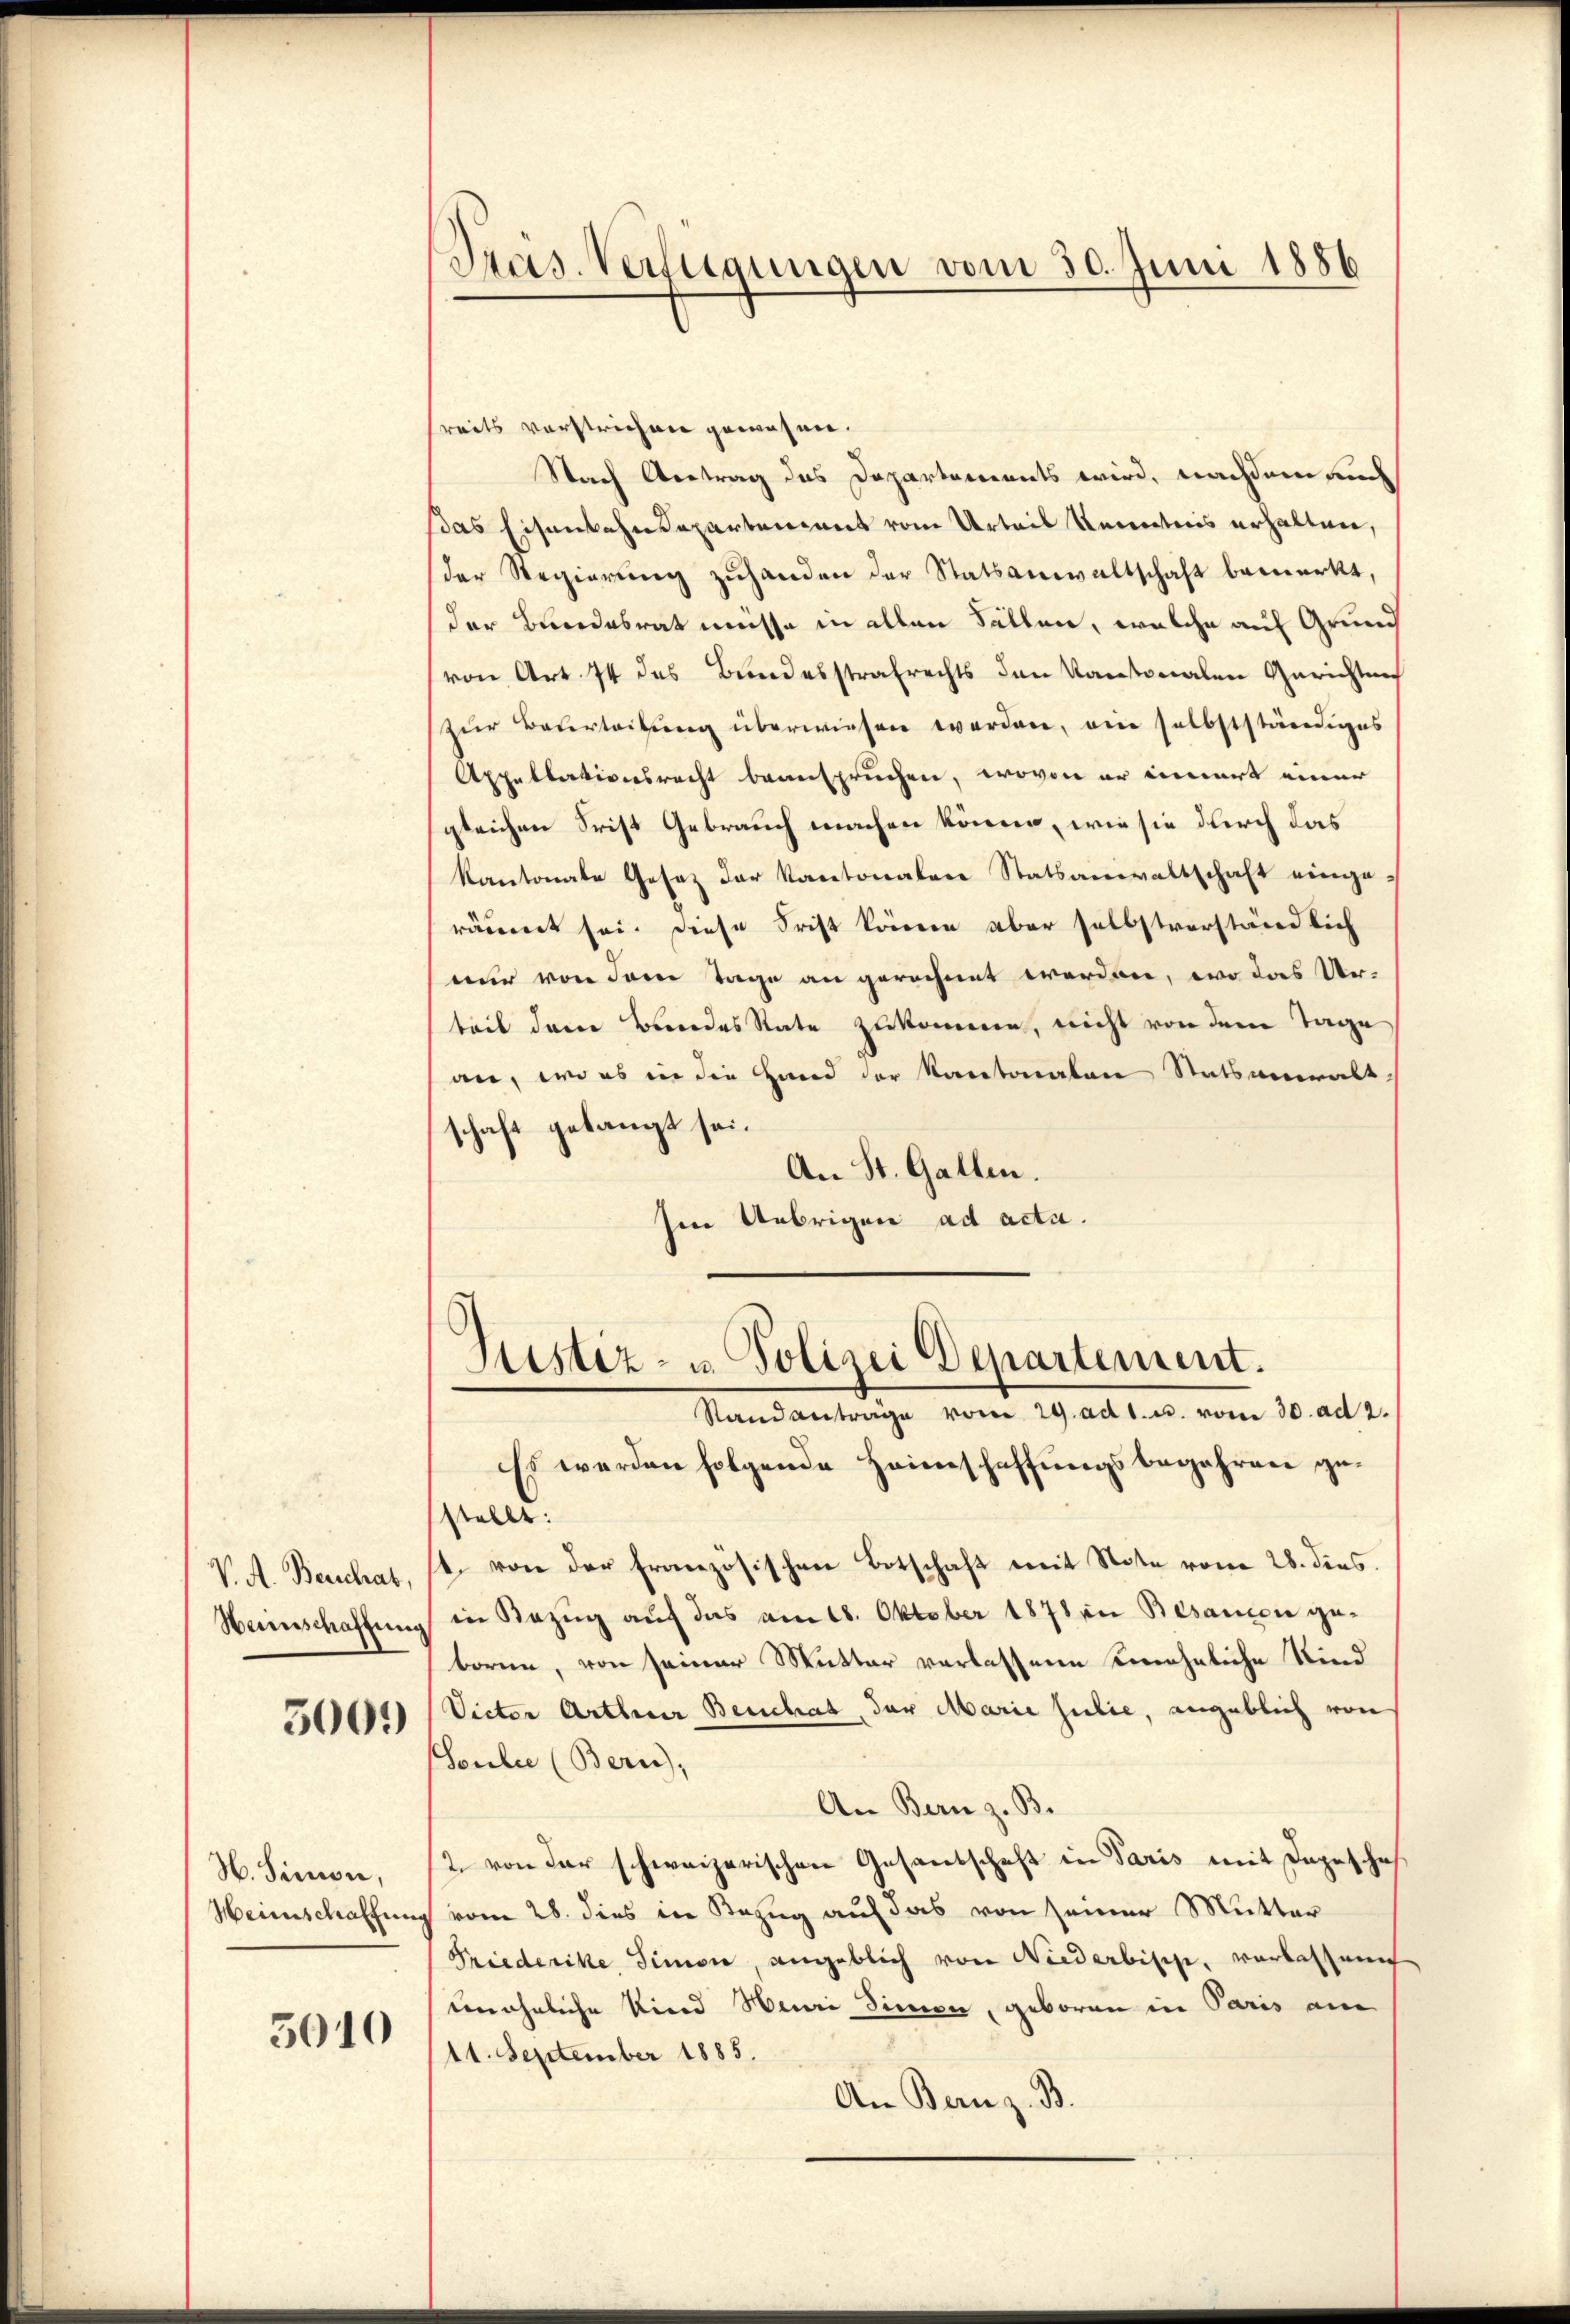
V. A. Beschat,

5009

N. Simon,
Heinschaffung

3010

Preis. Verfügungen vom 30. Juni 1886

reits verstrichen gewesen.
Nach Vertrag des Departements wird, nachdem auch
Das Eisenbahndepartement vom Urteil Kenntnis erhalten,
der Regierŭng zŭhanden der Statsanwaltschaft bemerkt,
der Bundesrat müsse in allen Fällen, welche auf Grund
(von Art. 74 des Bundesstrafrechts den Kantonalen Gerichtung
zur Beurteilung überwiesen worden, ein selbstständiges
Appellationsrecht beanspruchen, wovon er innert einer
gleichen Frist Gebrauch machen könne, wie sie durch das
Kantonale Gesez der Kantonalen Statsanwaltschaft eingeräumet sei. Diese Frist können aber selbstverständlich
nur von dem Tage an gerechnet werden, wo das Urteit dem Bundes Rate zukomme, nicht von dem Tage
an, wo es in die Hand der Kantonaten Statsanwalt,
schaft gelangt sei.
An St. Gallen.
sere Uebrigen ad acta.

Justiz- u. Polizei Departement.
Standanträge vom 29. ad 1. u. vom 30. ad 2.

Es werden folgende Heimschaffungsbegehren gestellt:
1. von der Französischen Botschaft mit Note vom 28. dies
Neinschaffung in Bezug auf das am 18. Oktober 1878 in Besanon geborne, von seiner Mutter verlassene eineheliche Kind
Vieter Arthner Beuchat, der Marie Julie, angeblich von
Sculie (Bern),
An Bern z. B.
2 von der schweizerischen Gesandschaft in Paris mit Dagesches
g vom 28. dies in Bezug auf das von seiner Mutter
Friederike, Simon, angeblich von Niederbische, verlassene
einähnliche Kind Neuori Simon, geboren in Paris am
41. September 1885.
An Bern z. B.